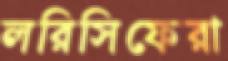
লরিসিফেরা